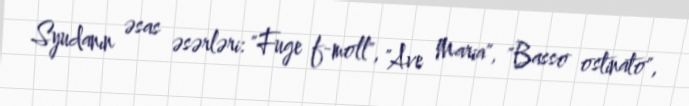
Syudanın əsas əsərləri: "Fuge f-moll", "Ave Maria", "Basso ostinato",